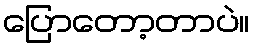
ပြောတော့တာပဲ။